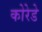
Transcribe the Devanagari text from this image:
कोरेडे